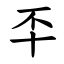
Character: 㔻